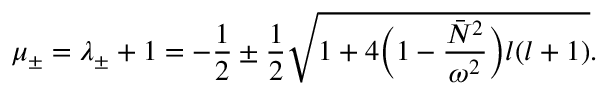
\mu _ { \pm } = \lambda _ { \pm } + 1 = - \frac { 1 } { 2 } \pm \frac { 1 } { 2 } \sqrt { 1 + 4 \bigg ( 1 - \frac { \bar { N } ^ { 2 } } { \omega ^ { 2 } } \bigg ) l ( l + 1 ) } .